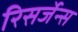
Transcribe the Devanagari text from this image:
रिसर्जेन्स